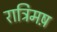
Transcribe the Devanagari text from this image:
रात्रिमष़